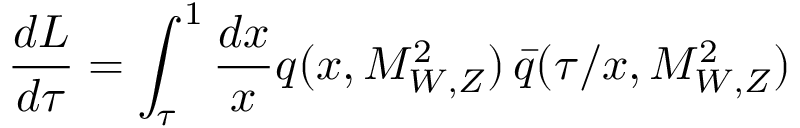
\frac { d { \cal L } } { d \tau } = \int _ { \tau } ^ { 1 } \frac { d x } { x } q ( x , M _ { W , Z } ^ { 2 } ) \, \bar { q } ( \tau / x , M _ { W , Z } ^ { 2 } )